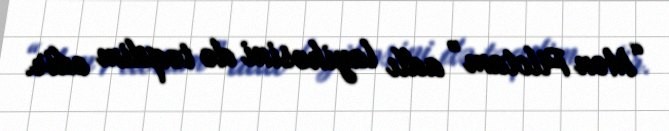
“Mən Pilotam” adlı layihəsini də təqdim edir.